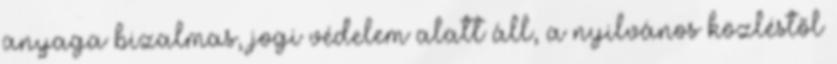
anyaga bizalmas, jogi védelem alatt áll, a nyilvános közléstől